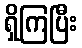
ရှိကြပြီး